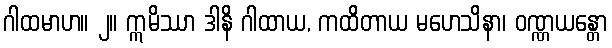
ဂါထမာဟ။ ၂။ ဣမိဿာ ဒါနိ ဂါထာယ, ကထိတာယ မဟေသိနာ၊ ဝဏ္ဏယန္တော